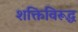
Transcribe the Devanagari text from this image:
शक्तिविरूद्ध